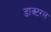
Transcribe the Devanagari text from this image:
डाक्टरल